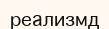
реализмд